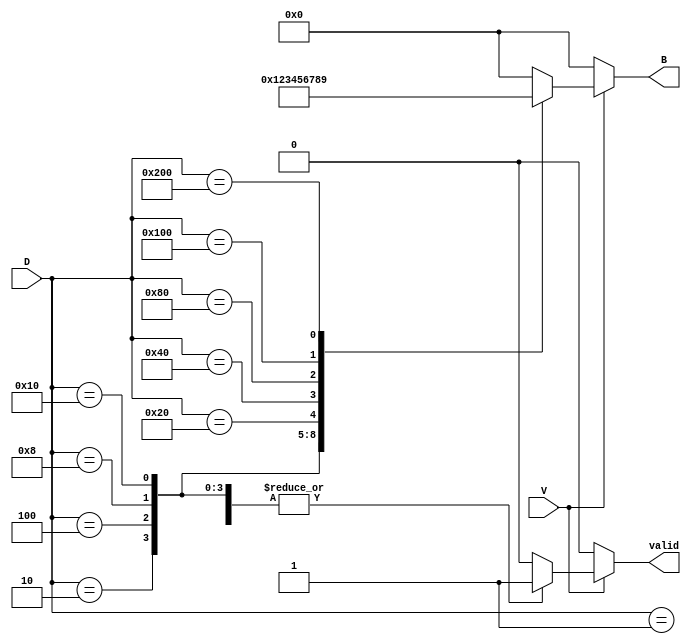
module DecimalToBinaryEncoder (
    input wire [9:0] D,  // 10 input lines D0 to D9
    input wire V,        // Valid input signal
    output reg [3:0] B,  // 4-bit binary output B3 to B0
    output reg valid      // Output valid signal
);

    always @(*) begin
        if (!V) begin
            // If valid signal is low, output should be all zeros
            B = 4'b0000;
            valid = 1'b0;
        end else begin
            // Default output for invalid state
            B = 4'b0000;
            valid = 1'b1;

            case (D)
                10'b0000000001: B = 4'b0000; // D0
                10'b0000000010: B = 4'b0001; // D1
                10'b0000000100: B = 4'b0010; // D2
                10'b0000001000: B = 4'b0011; // D3
                10'b0000010000: B = 4'b0100; // D4
                10'b0000100000: B = 4'b0101; // D5
                10'b0001000000: B = 4'b0110; // D6
                10'b0010000000: B = 4'b0111; // D7
                10'b0100000000: B = 4'b1000; // D8
                10'b1000000000: B = 4'b1001; // D9
                default: begin
                    // If multiple inputs are active or no inputs are active
                    B = 4'b0000; // Output defined state
                    valid = 1'b0; // Indicate invalid output
                end
            endcase
        end
    end
endmodule